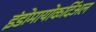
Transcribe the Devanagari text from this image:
इंडोमायोकर्दिअल